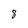
Character: 8